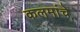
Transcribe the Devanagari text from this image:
कलमांचे